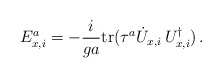
\begin{align*}E^a_{x,i} = - \frac{i}{g a} {\rm tr} (\tau^a \dot U_{x,i} \, U^{\dagger}_{x,i}) \,. \end{align*}